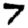
Digit: 7